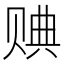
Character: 𧹖